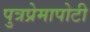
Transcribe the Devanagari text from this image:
पुत्रप्रेमापोटी